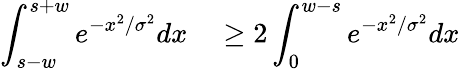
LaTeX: \begin{array}{rl}{\displaystyle\int_{s-w}^{s+w}e^{-x^{2}/\sigma^{2}}dx}&{{}\ge 2\displaystyle\int_{0}^{w-s}e^{-x^{2}/\sigma^{2}}dx}\end{array}